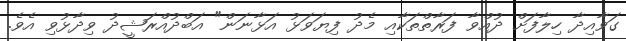
ގަވާއިދާ ހިލާފަށް ދުއްވާ ފަރާތްތަކާއި މެދު ފިޔަވަޅު އަޅާނަން" އަބްދުއްރަޝީދު ވިދާޅުވި އެވެ.